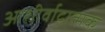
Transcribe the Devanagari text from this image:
आशीर्वादात्मक